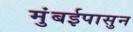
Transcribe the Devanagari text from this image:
मुंबईपासुन